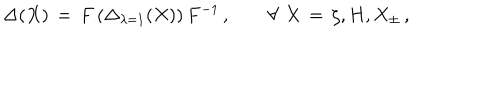
\Delta ( X ) \, = \, F \left( \Delta _ { \lambda = 1 } ( X ) \right) F ^ { - 1 } \, , \qquad \forall \, \, X \, = \, \zeta , H , X _ { \pm } \, ,